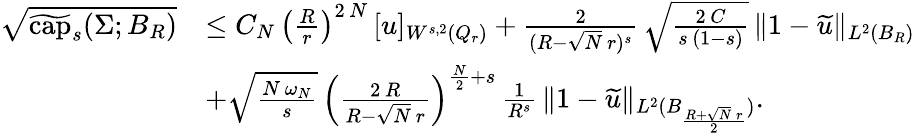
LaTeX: \begin{array}{rl}{\sqrt{\widetilde{\mathrm{cap}}_{s}(\Sigma;B_{R})}}&{\le C_{N}\, \left(\frac{R}{r}\right)^{2\, N}\, [u]_{W^{s,2}(Q_{r})}+\frac{2}{(R-\sqrt{N}\, r)^{s}}\, \sqrt{\frac{2\, C}{s\, (1-s)}}\, \| 1-\widetilde{u}\| _{L^{2}(B_{R})}}\\ &{+\sqrt{\frac{N\, \omega_{N}}{s}}\, \left(\frac{2\, R}{R-\sqrt{N}\, r}\right)^{\frac{N}{2}+s}\, \frac{1}{R^{s}}\, \| 1-\widetilde u\| _{L^{2}(B_{\frac{R+\sqrt{N}\, r}{2}})}.}\end{array}